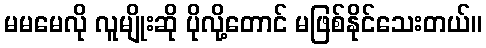
မမမေလို လူမျိုးဆို ပိုလို့တောင် မဖြစ်နိုင်သေးတယ်။